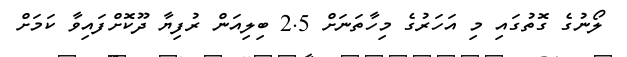
ލޯނުގެ ގޮތުގައި މި އަހަރުގެ މިހާތަނަށް 2.5 ބިލިއަން ރުފިޔާ ދޫކޮށްފައިވާ ކަމަށް